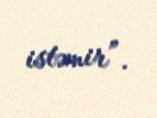
istəmir”.